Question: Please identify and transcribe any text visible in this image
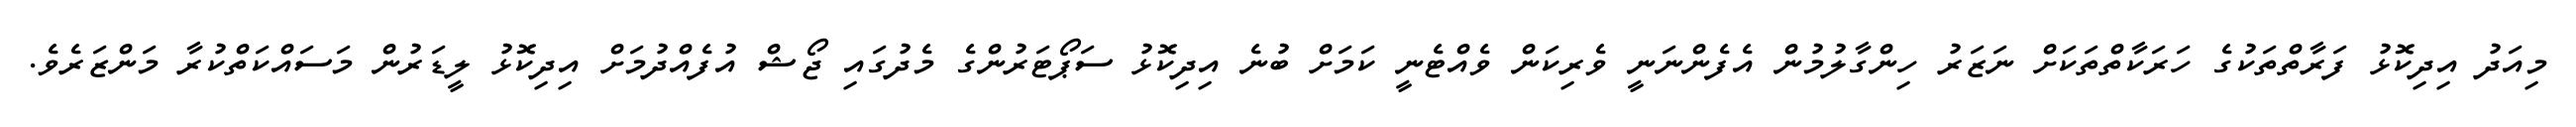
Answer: މިއަދު އިދިކޮޅު ފަރާތްތަކުގެ ހަރަކާތްތަކަށް ނަޒަރު ހިންގާލުމުން އެފެންނަނީ ވެރިކަން ވެއްޓެނީ ކަމަށް ބުނެ އިދިކޮޅު ސަޕޯޓަރުންގެ މެދުގައި ޖޯޝް އުފެއްދުމަށް އިދިކޮޅު ލީޑަރުން މަސައްކަތްކުރާ މަންޒަރެވެ.